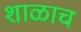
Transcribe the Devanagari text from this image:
शाळाच